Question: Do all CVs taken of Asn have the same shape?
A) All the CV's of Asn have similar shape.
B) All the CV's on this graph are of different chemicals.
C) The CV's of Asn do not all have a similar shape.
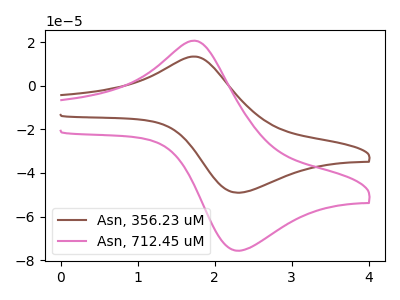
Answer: <think>The brown curve "Asn, 356.23 uM" has an anodic peak at (1.75V, 13.40uA) and a cathodic peak at (2.30V, -49.10uA). The pink curve "Asn, 712.45 uM" has an anodic peak at (1.75V, 20.65uA) and a cathodic peak at (2.30V, -75.70uA).
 All the peaks in "Asn, 356.23 uM" have a peak in "Asn, 712.45 uM" at the same potential. Every peak in "Asn, 356.23 uM" is lower than every peak in "Asn, 712.45 uM".</think>
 <answer>A) All the CV's of "Asn" have similar shape.</answer>
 <eval>A</eval>